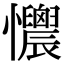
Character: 𢥯